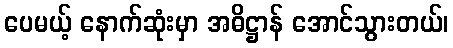
ပေမယ့် နောက်ဆုံးမှာ အဓိဋ္ဌာန် အောင်သွားတယ်၊